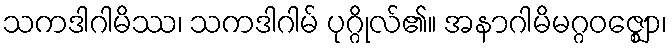
သကဒါဂါမိဿ၊ သကဒါဂါမ် ပုဂ္ဂိုလ်၏။ အနာဂါမိမဂ္ဂဝဇ္ဈော၊